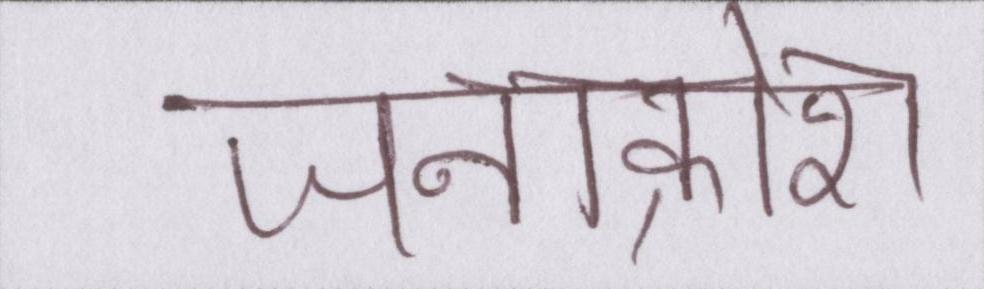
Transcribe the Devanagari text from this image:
जनाक्रोश